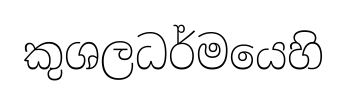
කුශලධර්මයෙහි